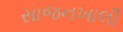
સાજનખાલી